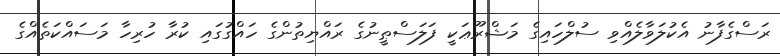
ރަސްގެފާނު އެކުލަވާލެއްވި ސުލްހައިގެ މަޝްރޫޢަކީ ފަލަސްޠީނުގެ ރައްޔިތުންގެ ހައްގުގައި ކުރާ ހުރިހާ މަސައްކަތެއްގެ